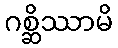
ဂစ္ဆိဿာမိ